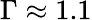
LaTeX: \Gamma\approx 1.1